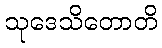
သုဒေသိတောတိ